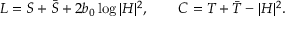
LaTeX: L = S + \bar { S } + 2 b _ { 0 } \log | H | ^ { 2 } , \qquad C = T + \bar { T } - | H | ^ { 2 } .